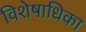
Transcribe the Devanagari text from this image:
विशेषाधिका